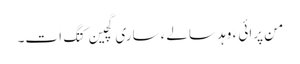
من پرائی ءَ وہد سالےءَ ساری گچین کتگ اَت۔